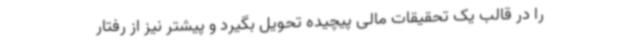
را در قالب یک تحقیقات مالی پیچیده تحویل بگیرد و پیشتر نیز از رفتار